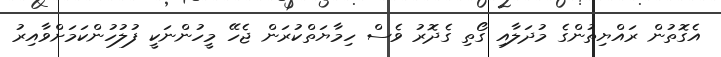
އެގޮތުން ރައްޔިތުންގެ މުދަލާއި ގޯތި ގެދޮރު ވެސް ހިމާޔަތްކުރަން ޖެހޭ މީހުންނަކީ ފުލުހުންކަމަށްވާއިރު